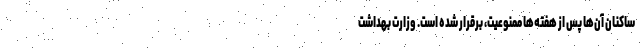
ساکنان آن‌ها پس از هفته‌ها ممنوعیت، برقرار شده است. وزارت بهداشت